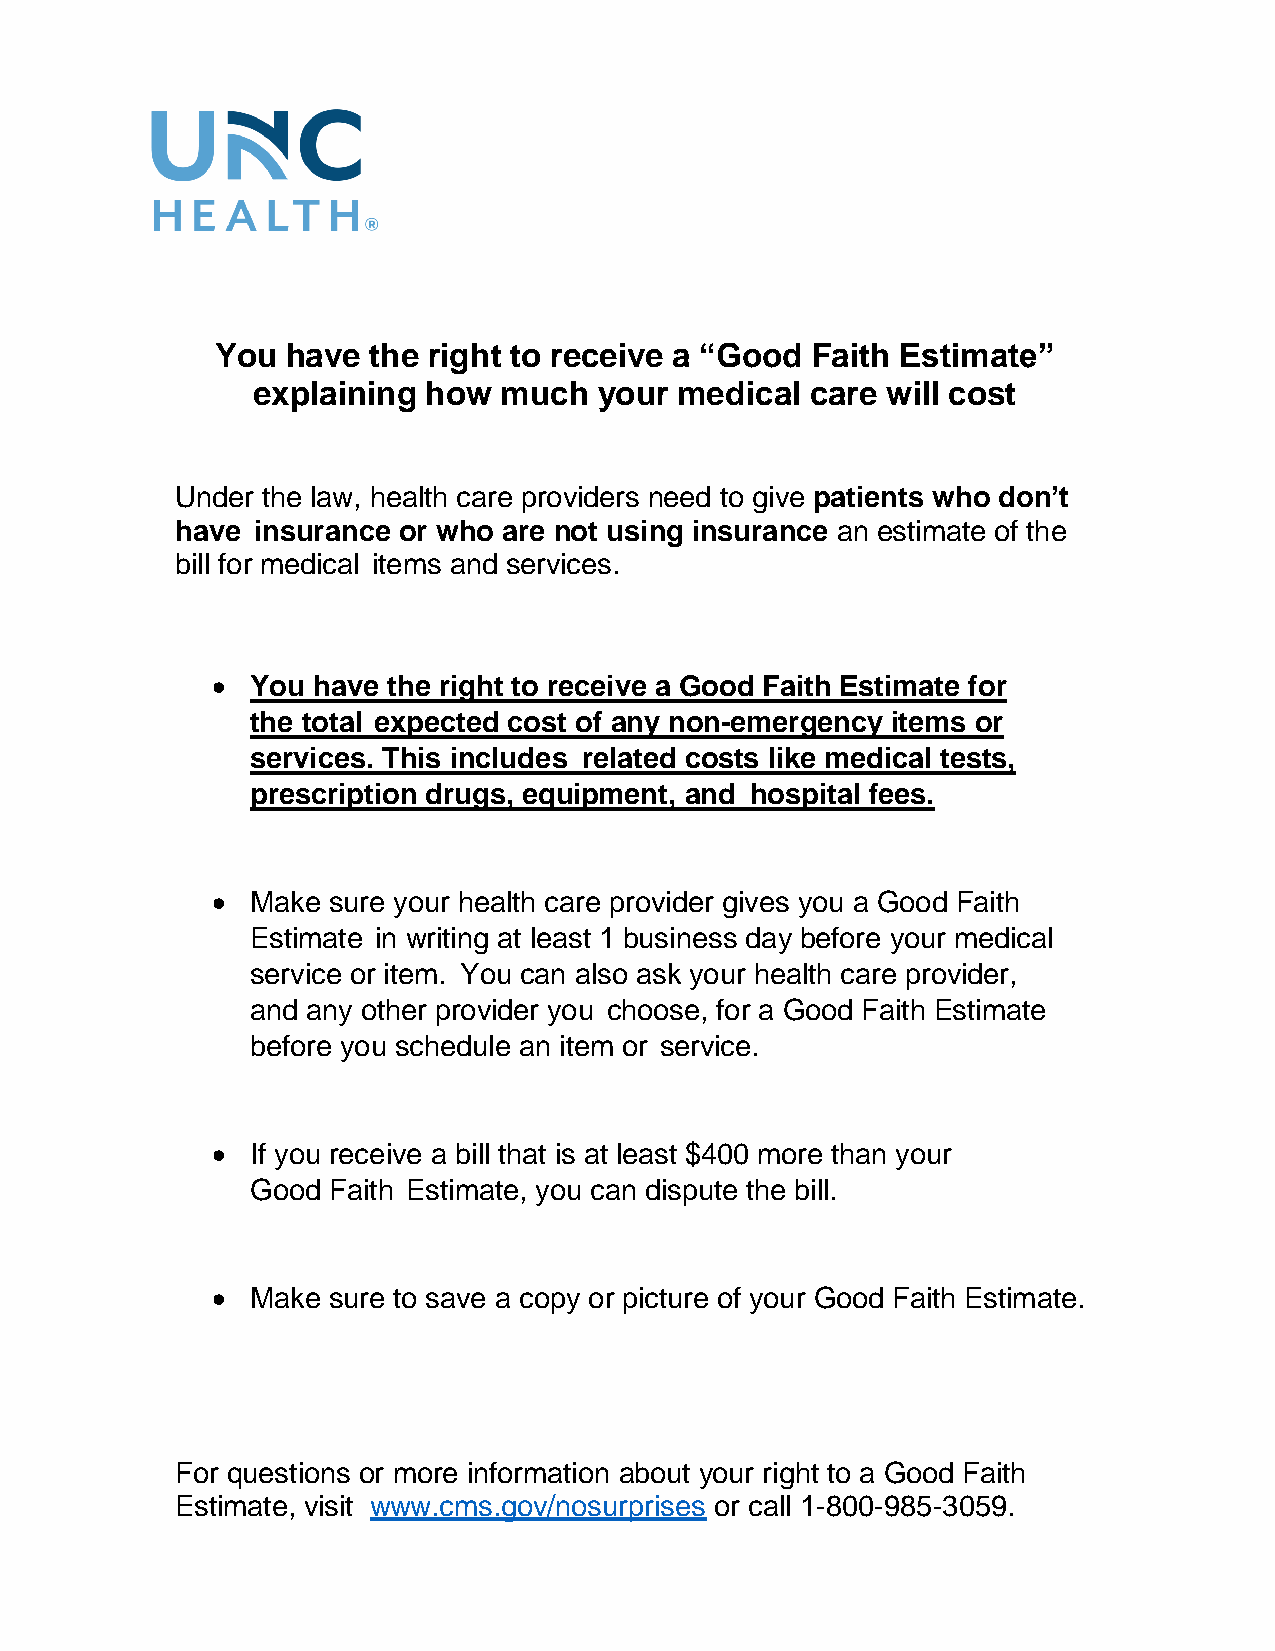
You  have the right to receive a “Good  Faith Estimate”
 explaining how  much   your medical  care will cost
 Under the law, health care providers need to give patients who don’t
 have insurance or who are not using insurance an estimate of the
 bill for medical items and services.
   You have the right to receive a Good Faith Estimate for
 the total expected cost of any non-emergency items or
 services. This includes related costs like medical tests,
 prescription drugs, equipment, and hospital fees.
   Make sure your health care provider gives you a Good Faith
 Estimate in writing at least 1 business day before your medical
 service or item. You can also ask your health care provider,
 and any other provider you choose, for a Good Faith Estimate
 before you schedule an item or service.
   If you receive a bill that is at least $400 more than your
 Good Faith Estimate, you can dispute the bill.
   Make sure to save a copy or picture of your Good Faith Estimate.
 For questions or more information about your right to a Good Faith
 Estimate, visit www.cms.gov/nosurprises or call 1-800-985-3059.